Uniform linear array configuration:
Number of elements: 8
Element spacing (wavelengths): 0.25
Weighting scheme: exponential
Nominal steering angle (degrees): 45
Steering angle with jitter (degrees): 45.805
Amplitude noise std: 0.05
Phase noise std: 0.05

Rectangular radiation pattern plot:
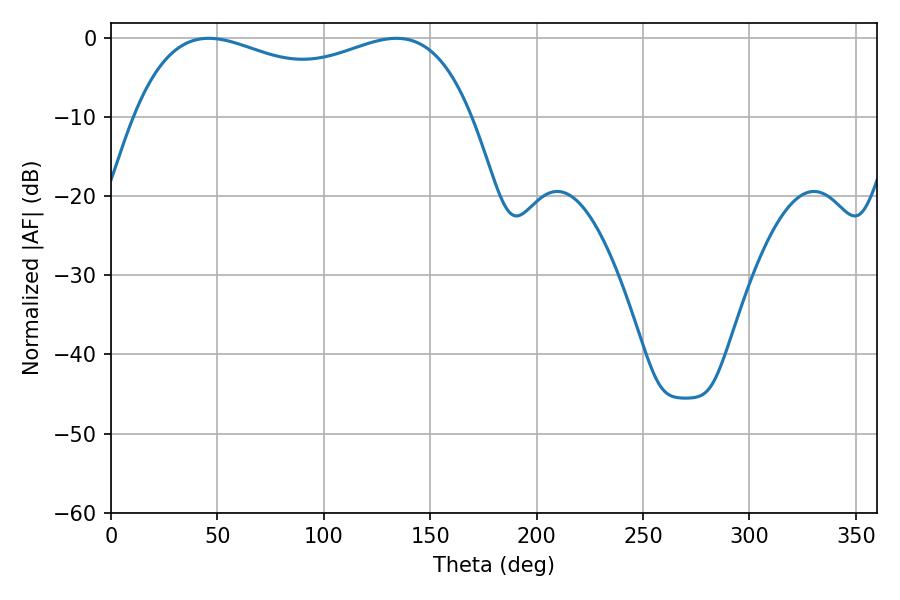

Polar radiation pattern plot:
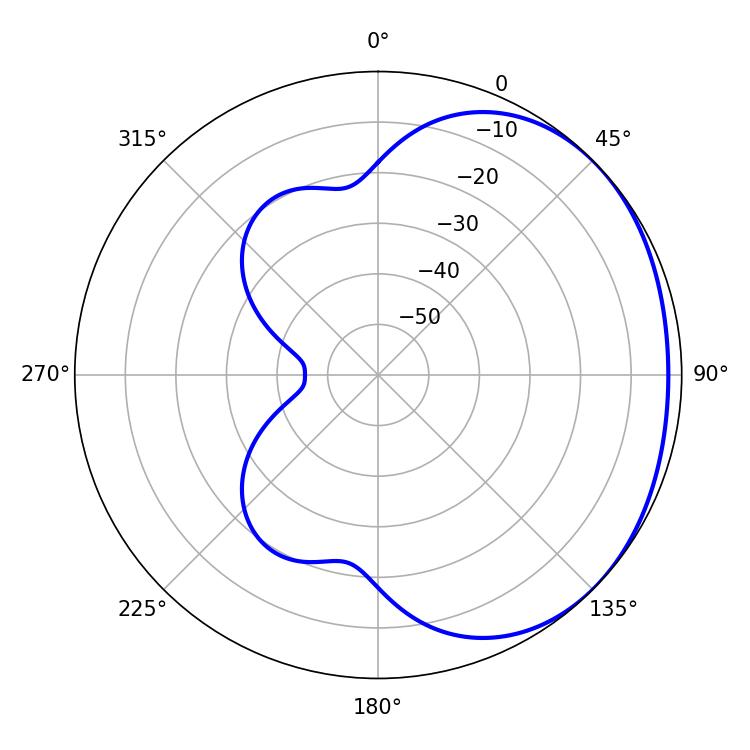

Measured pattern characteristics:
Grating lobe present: FALSE
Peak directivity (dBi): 1.5
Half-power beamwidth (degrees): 130.68
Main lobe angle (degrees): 45.9